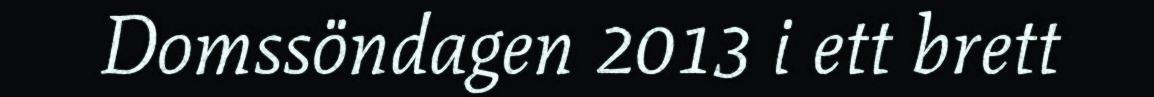
Domssöndagen 2013 i ett brett